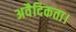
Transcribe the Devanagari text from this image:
अवैदिकता।